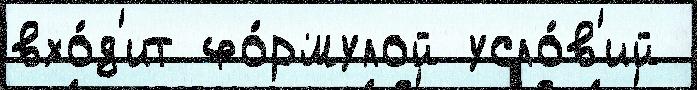
вхо́д'ит фо́рмулой усло́в'ий